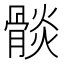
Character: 𩩧